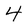
Character: 4